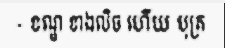
- ខណ្ឌ ខាងលិច ហើយ បុត្រ